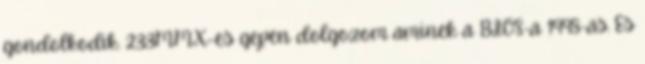
gondolkodik. 233MMX-es gepen dolgozom aminek a BIOS-a 1998-as. Es